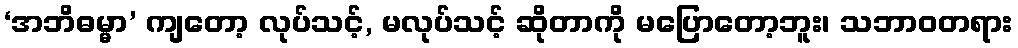
‘အဘိဓမ္မာ’ ကျတော့ လုပ်သင့်, မလုပ်သင့် ဆိုတာကို မပြောတော့ဘူး၊ သဘာဝတရား